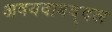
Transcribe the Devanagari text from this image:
अवयवाबद्दल